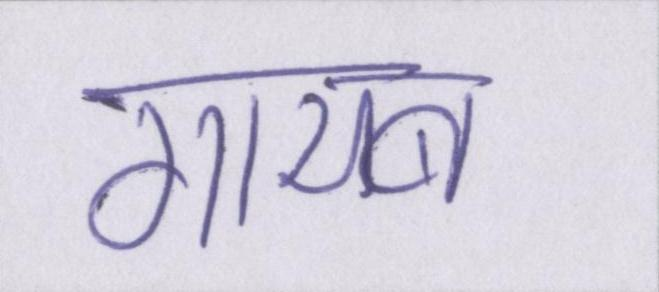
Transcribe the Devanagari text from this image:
गायब